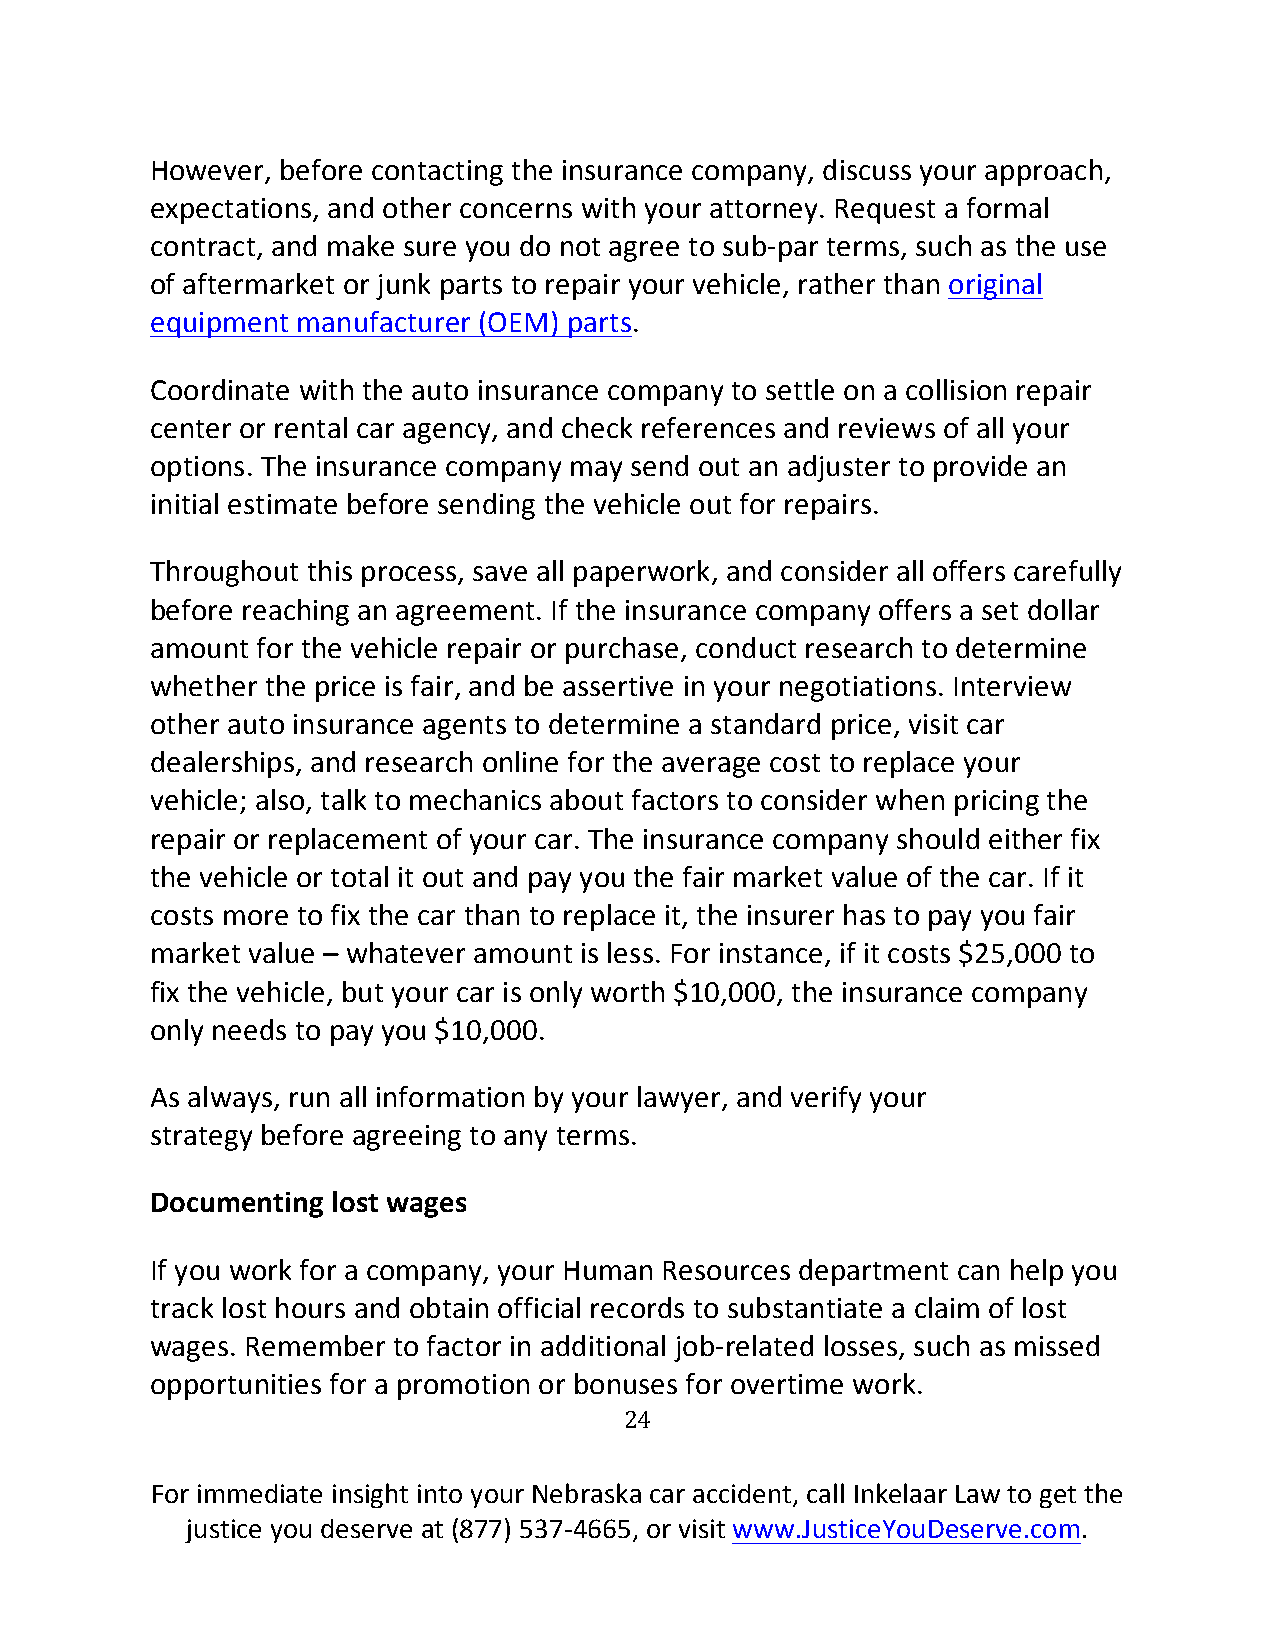
However, before contacting the insurance company, discuss your approach,
 expectations, and other concerns with your attorney. Request a formal
 contract, and make sure you do not agree to sub-par terms, such as the use
 of aftermarket or junk parts to repair your vehicle, rather than original
 equipment manufacturer (OEM) parts.
 Coordinate with the auto insurance company to settle on a collision repair
 center or rental car agency, and check references and reviews of all your
 options. The insurance company may send out an adjuster to provide an
 initial estimate before sending the vehicle out for repairs.
 Throughout this process, save all paperwork, and consider all offers carefully
 before reaching an agreement. If the insurance company offers a set dollar
 amount for the vehicle repair or purchase, conduct research to determine
 whether the price is fair, and be assertive in your negotiations. Interview
 other auto insurance agents to determine a standard price, visit car
 dealerships, and research online for the average cost to replace your
 vehicle; also, talk to mechanics about factors to consider when pricing the
 repair or replacement of your car. The insurance company should either fix
 the vehicle or total it out and pay you the fair market value of the car. If it
 costs more to fix the car than to replace it, the insurer has to pay you fair
 market value – whatever amount is less. For instance, if it costs $25,000 to
 fix the vehicle, but your car is only worth $10,000, the insurance company
 only needs to pay you $10,000.
 As always, run all information by your lawyer, and verify your
 strategy before agreeing to any terms.
 Documenting lost wages
 If you work for a company, your Human Resources department can help you
 track lost hours and obtain official records to substantiate a claim of lost
 wages. Remember to factor in additional job-related losses, such as missed
 opportunities for a promotion or bonuses for overtime work.
 24
 For immediate insight into your Nebraska car accident, call Inkelaar Law to get the
 justice you deserve at (877) 537-4665, or visit www.JusticeYouDeserve.com.